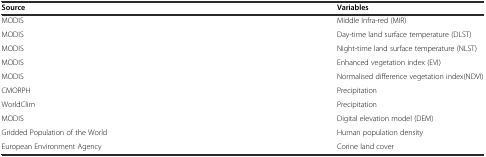
| Source | Variables |
 | --- | --- |
 | MODIS | Middle Infra-red (MIR) |
 | MODIS | Day-time land surface temperature (DLST) |
 | MODIS | Night-time land surface temperature (NLST) |
 | MODIS | Enhanced vegetation index (EVI) |
 | MODIS | Normalised difference vegetation index(NDVI) |
 | CMORPH | Precipitation |
 | WorldClim | Precipitation |
 | MODIS | Digital elevation model (DEM) |
 | Gridded Population of the World | Human population density |
 | European Environment Agency | Corine land cover |